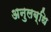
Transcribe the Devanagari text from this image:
अनुलब्धि